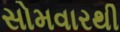
સોમવારથી